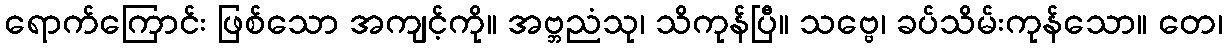
ရောက်ကြောင်း ဖြစ်သော အကျင့်ကို။ အဗ္ဘညံသု၊ သိကုန်ပြီ။ သဗ္ဗေ၊ ခပ်သိမ်းကုန်သော။ တေ၊